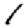
Digit: 1